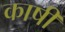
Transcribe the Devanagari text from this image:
काषी